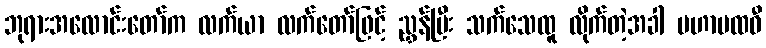
ဘုရားအလောင်းတော်က လက်ယာ လက်တော်ဖြင့် ညွှန်ပြီး သက်သေထူ လိုက်တဲ့အခါ မဟာပထဝီ